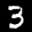
Label: 3